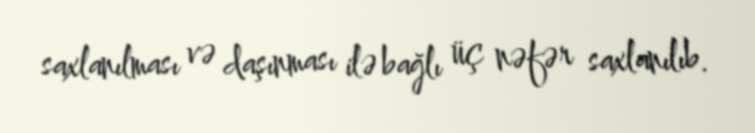
saxlanılması və daşınması ilə bağlı üç nəfər saxlanılıb.